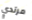
مرتدي